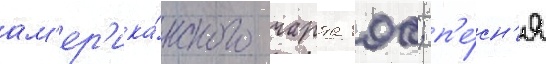
ам'ер'ика́нского чарта 100; п'е́сн'я